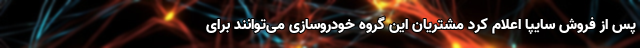
پس از فروش سایپا اعلام کرد مشتریان این گروه خودروسازی می‌توانند برای